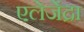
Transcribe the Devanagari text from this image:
एलेजेंद्रा